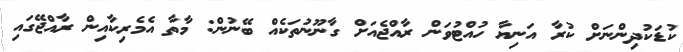
ކުޑަކުދިންނަށް ކުރާ އަނިޔާ ހުއްޓުވަން ރާއްޖެއަށް ގާނޫނުތަކެއް ބޭނުން: މާތާ އެމެރިކާއިން ރާއްޖޭގައި